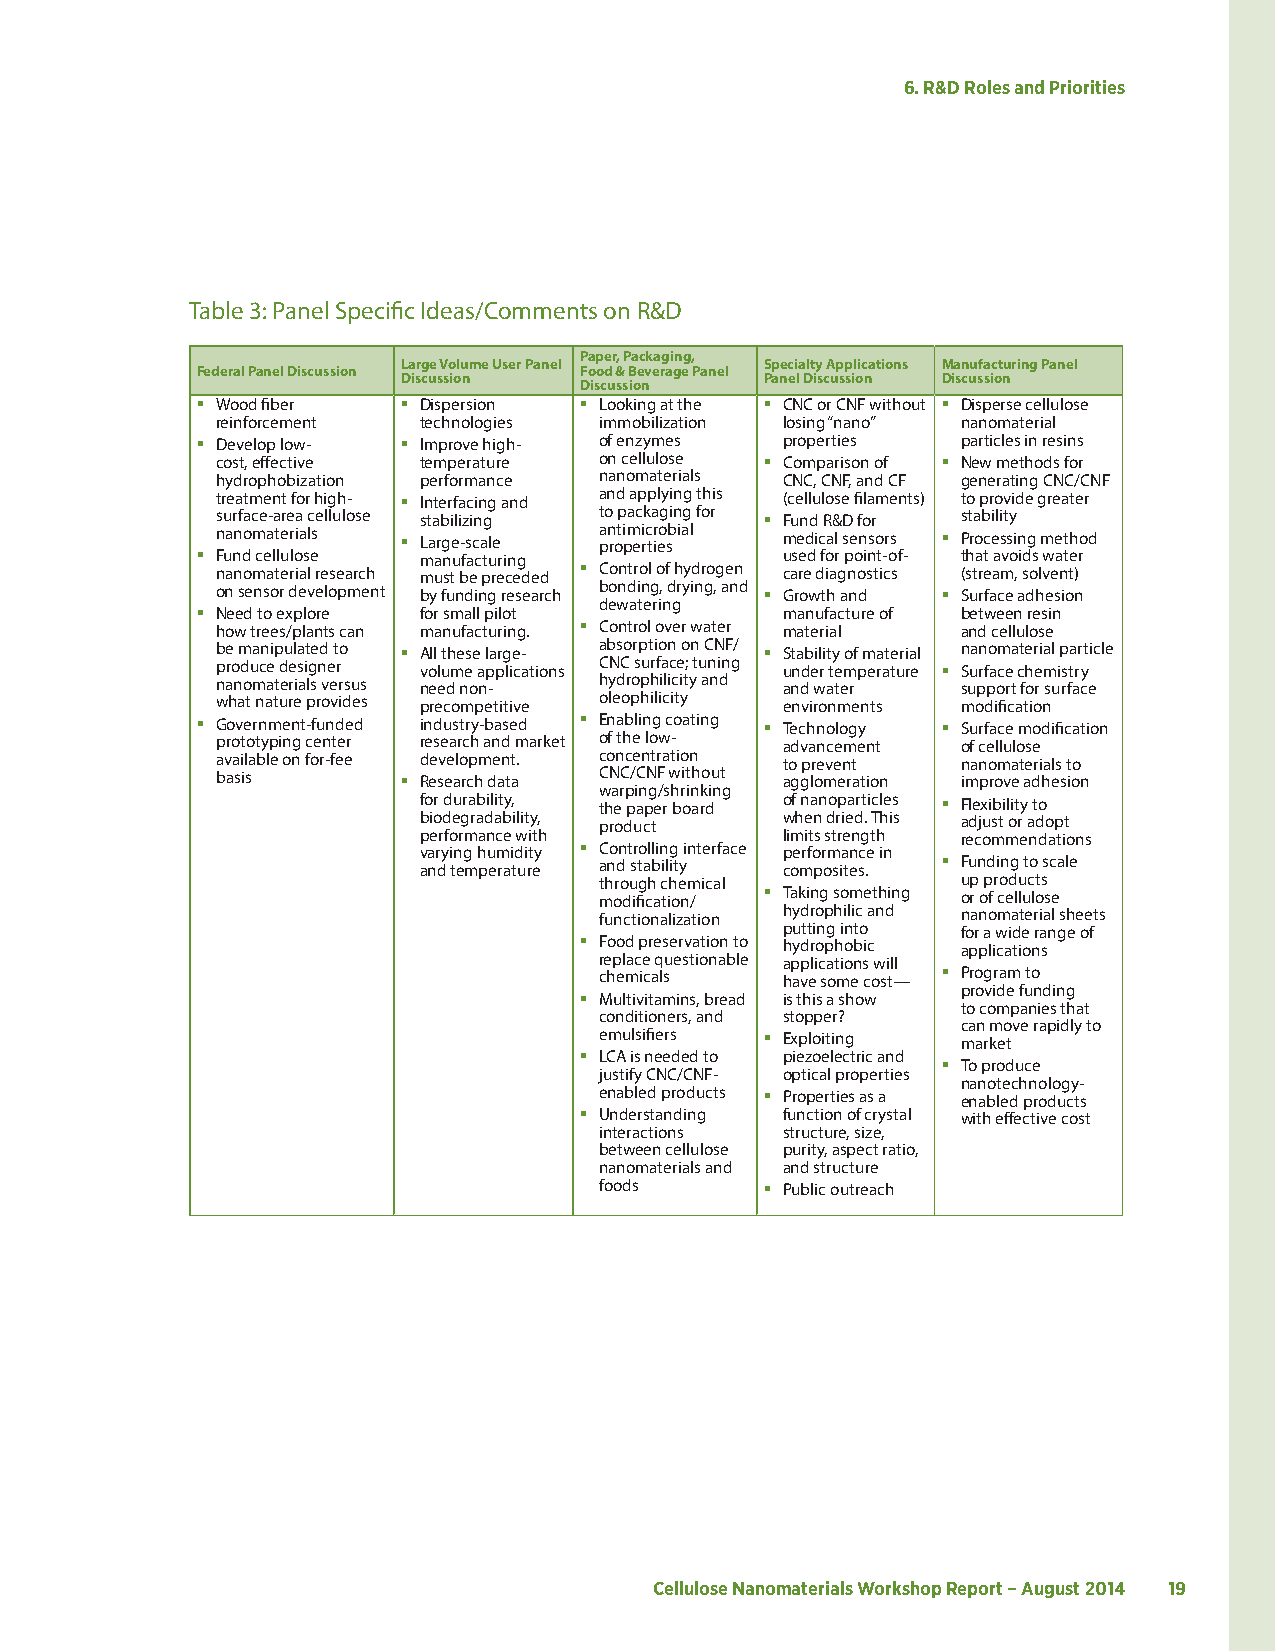
6. R&D Roles and Priorities
 Table 3: Panel Specific Ideas/Comments on R&D
 Paper, Packaging,
 Large Volume User Panel Specialty Applications Manufacturing Panel
 Federal Panel Discussion Food & Beverage Panel
 Discussion              Panel Discussion Discussion
 Discussion
  Wood fiber   Dispersion  Looking at the  CNC or CNF without  Disperse cellulose
 reinforcement technologies immobilization losing “nano” nanomaterial
  Develop low-  Improve high- of enzymes properties particles in resins
 cost, effective temperature on cellulose  Comparison of  New methods for
 hydrophobization performance nanomaterials CNC, CNF, and CF generating CNC/CNF
 treatment for high-  Interfacing and and applying this (cellulose filaments) to provide greater
 surface-area cellulose stabilizing to packaging for  Fund R&D for stability
 nanomaterials  Large-scale a pn roti pm ei rc tr ieo sbial medical sensors  Processing method
  Fund cellulose manufacturing         used for point-of- that avoids water
 nanomaterial research must be preceded  Control of hydrogen care diagnostics (stream, solvent)
 on sensor development by funding research bonding, drying, and  Growth and  Surface adhesion
 dewatering
  Need to explore for small pilot      manufacture of between resin
 how trees/plants can manufacturing.  Control over water material and cellulose
 be manipulated to  All these large- absorption on CNF/  Stability of material nanomaterial particle
 produce designer volume applications CNC surface; tuning under temperature  Surface chemistry
 nanomaterials versus need non- hydrophilicity and and water support for surface
 what nature provides precompetitive oleophilicity environments modification
  Government-funded industry-based  Enabling coating  Technology  Surface modification
 prototyping center research and market of the low- advancement of cellulose
 available on for-fee development. concentration to prevent nanomaterials to
 basis         Research data CNC/CNF without agglomeration improve adhesion
 warping/shrinking
 for durability, the paper board of nanoparticles  Flexibility to
 biodegradability, product when dried. This adjust or adopt
 performance with        limits strength recommendations
 varying humidity  Controlling interface performance in
 and temperature and stability composites.  Funding to scale
 through chemical        up products
 modification/  Taking something or of cellulose
 functionalization hydrophilic and nanomaterial sheets
 putting into for a wide range of
  Food preservation to hydrophobic applications
 replace questionable applications will
 chemicals   have some cost—  Program to
 provide funding
  Multivitamins, bread is this a show
 to companies that
 conditioners, and stopper?
 can move rapidly to
 emulsifiers  Exploiting market
  LCA is needed to piezoelectric and
  To produce
 justify CNC/CNF- optical properties
 nanotechnology-
 enabled products  Properties as a enabled products
  Understanding function of crystal with effective cost
 interactions structure, size,
 between cellulose purity, aspect ratio,
 nanomaterials and and structure
 foods       Public outreach
 Cellulose Nanomaterials Workshop Report – August 2014 19